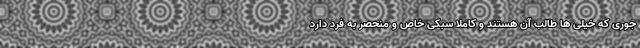
جوری که خیلی ها طالب آن هستند و کاملا سبکی خاص و منحصر به فرد دارد